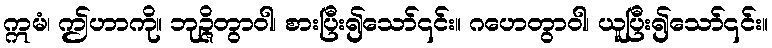
ဣမံ၊ ဤဟာကို။ ဘုဉ္ဇိတွာဝါ၊ စားပြီး၍သော်၎င်း။ ဂဟေတွာဝါ၊ ယူပြီး၍သော်၎င်း။